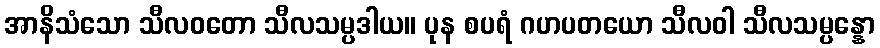
အာနိသံသော သီလဝတော သီလသမ္ပဒါယ။ ပုန စပရံ ဂဟပတယော သီလဝါ သီလသမ္ပန္နော